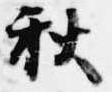
秋